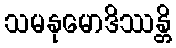
သမနုမောဒိဿန္တိ